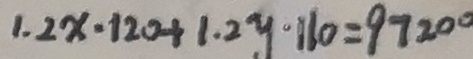
1 . 2 x \cdot 1 2 0 + 1 . 2 y \cdot 1 6 0 = 9 7 2 0 0